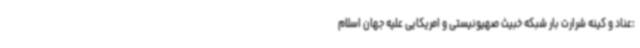
:عناد و کینه شرارت بار شبکه خبیث صهیونیستی و امریکایی علیه جهان اسلام